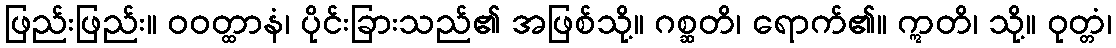
ဖြည်းဖြည်း။ ဝဝတ္ထာနံ၊ ပိုင်းခြားသည်၏ အဖြစ်သို့။ ဂစ္ဆတိ၊ ရောက်၏။ ဣတိ၊ သို့။ ဝုတ္တံ၊